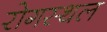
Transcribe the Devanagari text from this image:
रोगस्थल